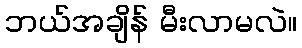
ဘယ်အချိန် မီးလာမလဲ။